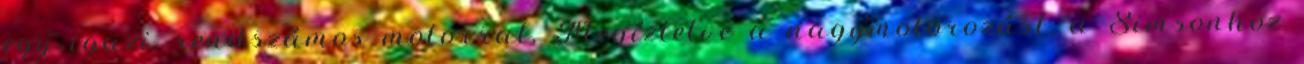
egy igazi, rendszámos motorral. Megízlelve a nagymotorozást, a Simsonhoz